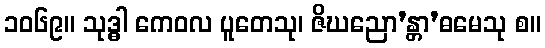
၁၀၆၉။ သုဒ္ဓါ ကေဝလ ပူတေသု၊ ဇိဃညော’န္တာ’ဓမေသု စ။